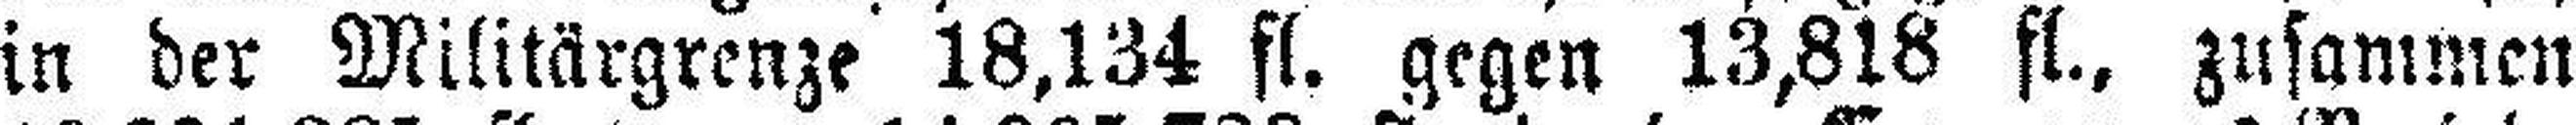
in der Militärgrenze 18,134 fl. gegen 13,818 fl., zusammen